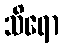
သိရော